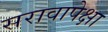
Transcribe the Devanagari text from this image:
सरावापेक्षा